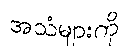
အသံများကို